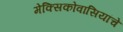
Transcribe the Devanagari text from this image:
मेक्सिकोवासियांचे